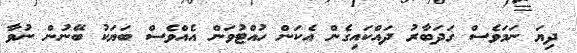
ދިޔަ ނަމަވެސް ގަދަބާރު ދައްކައިގެން އެކަން ހުއްޓުވަން އެއްވެސް ބަޔަކު ބޭނުން ނުވާ